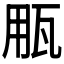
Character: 𤬶